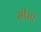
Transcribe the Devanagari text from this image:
सीसॉ